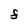
Character: F